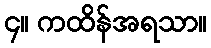
၄။ ကထိန်အရသာ။